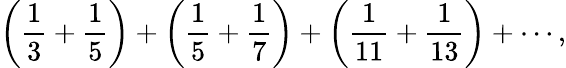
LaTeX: \left({{\frac{1}{3}}+{\frac{1}{5}}}\right)+\left({{\frac{1}{5}}+{\frac{1}{7}}}\right)+\left({{\frac{1}{11}}+{\frac{1}{13}}}\right)+\cdots,